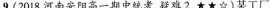
9，(2018河南安阳高一期中统考，疑难2，★★☆)某工厂